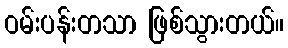
ဝမ်းပန်းတသာ ဖြစ်သွားတယ်။